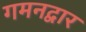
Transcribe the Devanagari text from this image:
गमनद्वार